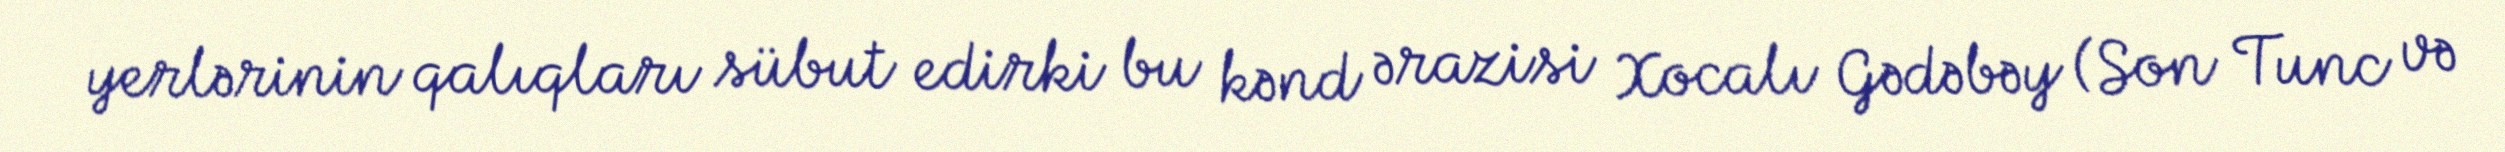
yerlərinin qalıqları sübut edirki bu kənd ərazisi Xocalı Gədəbəy (Son Tunc və